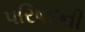
પરિષદની